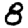
Digit: 8